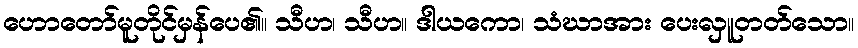
ဟောတော်မူတိုင်မှန်ပေ၏။ သီဟ၊ သီဟ။ ဒါယကော၊ သံဃာအား ပေးလှူတတ်သော။